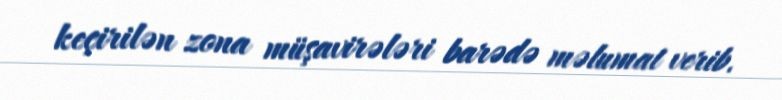
keçirilən zona müşavirələri barədə məlumat verib.